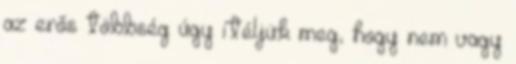
az erős többség úgy ítéljük meg, hogy nem vagy